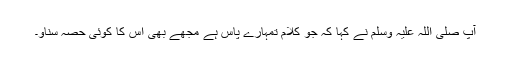
آپ صلی اللہ علیہ وسلم نے کہا کہ جو کلام تمہارے پاس ہے مجھے بھی اس کا کوئی حصہ سناؤ۔